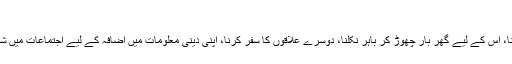
"
دین کی دعوت و تبلیغ کی فکر کرنا، اس کے لیے گھر بار چھوڑ کر باہر نکلنا، دوسرے علاقوں کا سفر کرنا، اپنی دینی معلومات میں اضافہ کے لیے اجتماعات میں شرکت کرنا، یہ سب اچھے کام ہیں۔